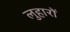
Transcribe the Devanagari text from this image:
लुहारों